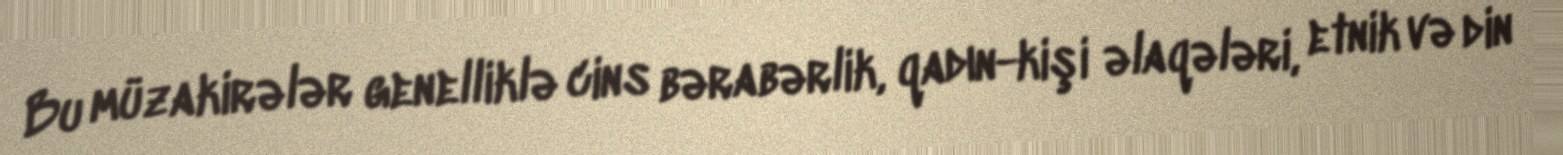
Bu müzakirələr genelliklə cins bərabərlik, qadın-kişi əlaqələri, etnik və din